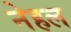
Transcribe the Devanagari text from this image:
नेहल